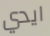
ايدي